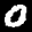
Label: 0